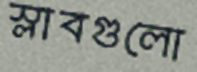
স্লাবগুলো